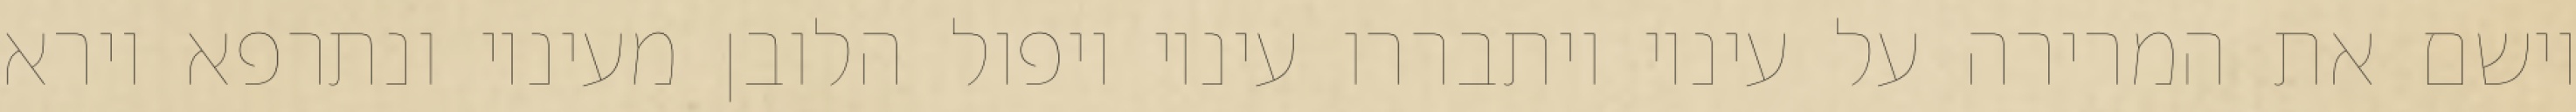
וישם את המרירה על עיניו ויתבררו עיניו ויפול הלובן מעיניו ונתרפא וירא